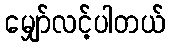
မျှော်လင့်ပါတယ်